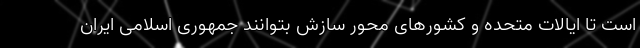
است تا ایالات متحده و کشور‌های محور سازش بتوانند جمهوری اسلامی ایران